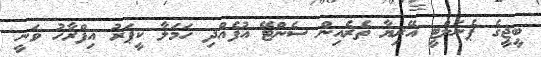
ބީޖީގެ ޕެނަލްޓީ އޭޭރިޔާ ތެރެއިން ސެންޓޭ އުފެއްދި ހަމަލާ ކީޕަރު އިފްރާހު ވަނީ